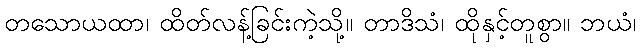
တသောယထာ၊ ထိတ်လန့်ခြင်းကဲ့သို့။ တာဒိသံ၊ ထိုနှင့်တူစွာ။ ဘယံ၊